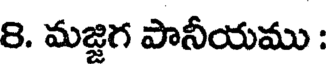
8. మజ్జిగ పానీయము :